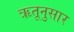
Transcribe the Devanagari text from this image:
ऋतूनुसार